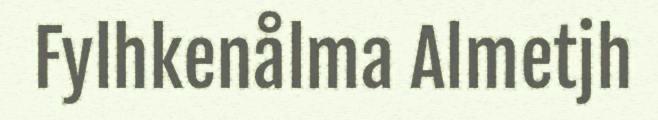
Fylhkenålma Almetjh